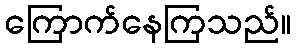
ကြောက်နေကြသည်။